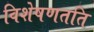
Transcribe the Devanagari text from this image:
विशेषणतति